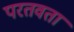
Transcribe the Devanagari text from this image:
परतवता